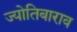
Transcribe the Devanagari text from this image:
ज्योतिबाराव